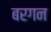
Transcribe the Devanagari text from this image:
बरगन